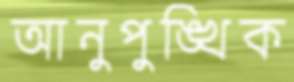
আনুপুঙ্খিক